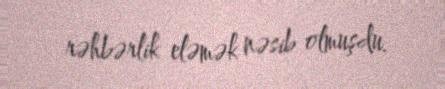
rəhbərlik eləmək nəsib olmuşdu.